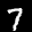
Label: 7